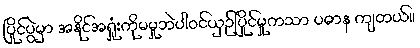
ပြိုင်ပွဲမှာ အနိုင်အရှုံးကိုမမှုဘဲပါဝင်ယှဉ်ပြိုင်မှုကသာ ပဓာန ကျတယ်။